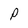
Character: P